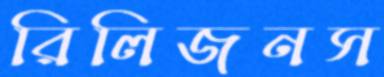
রিলিজনস